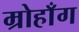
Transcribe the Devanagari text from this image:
म्रोहाँग